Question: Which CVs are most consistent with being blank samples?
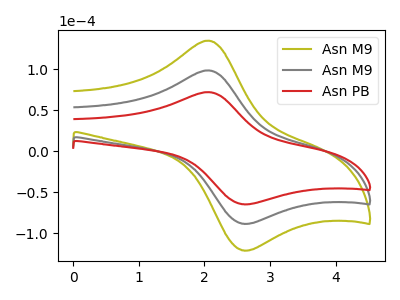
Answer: <think>The olive curve "Asn M9" has an anodic peak at (2.05V, 197.20uA) and a cathodic peak at (2.55V, -176.60uA). The gray curve "Asn M9" has an anodic peak at (2.05V, 98.60uA) and a cathodic peak at (2.55V, -88.30uA). The red curve "Asn PB" has an anodic peak at (2.05V, 72.10uA) and a cathodic peak at (2.55V, -64.55uA).</think>
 <answer>There are not any CV's on this graph that are likely to be blanks.</answer>
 <eval>none</eval>